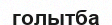
голытба